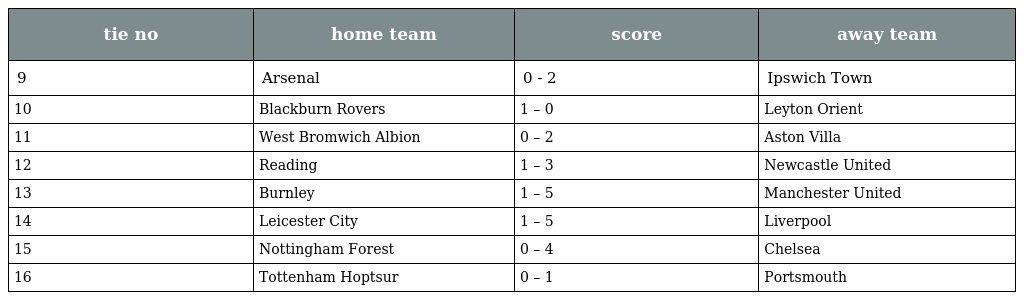
| tie no | home team | score | away team |
 | --- | --- | --- | --- |
 | 9 | Arsenal | 0 - 2 | Ipswich Town |
 | 10 | Blackburn Rovers | 1 – 0 | Leyton Orient |
 | 11 | West Bromwich Albion | 0 – 2 | Aston Villa |
 | 12 | Reading | 1 – 3 | Newcastle United |
 | 13 | Burnley | 1 – 5 | Manchester United |
 | 14 | Leicester City | 1 – 5 | Liverpool |
 | 15 | Nottingham Forest | 0 – 4 | Chelsea |
 | 16 | Tottenham Hoptsur | 0 – 1 | Portsmouth |